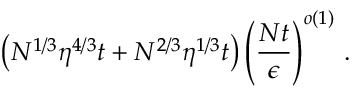
\left( N ^ { 1 / 3 } \eta ^ { 4 / 3 } t + N ^ { 2 / 3 } \eta ^ { 1 / 3 } t \right) \left( \frac { N t } { \epsilon } \right) ^ { o \left( 1 \right) } \, .